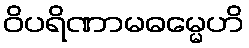
ဝိပရိဏာမဓမ္မေဟိ